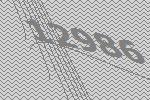
12986